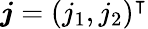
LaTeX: \boldsymbol{j}=(j_{1},j_{2})^{\intercal}